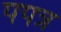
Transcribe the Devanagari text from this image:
पपत्र